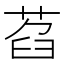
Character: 萏